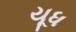
યૂધ